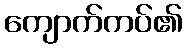
ကျောက်ကပ်၏